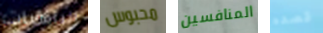
الراهبات محبوس المنافسين قصده